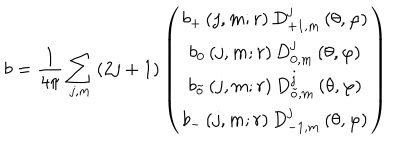
b = \frac { 1 } { 4 \pi } \sum _ { j , m } \left( 2 j + 1 \right) \left( \begin{array} { c } { { b _ { + } \left( j , m ; r \right) D _ { + 1 , m } ^ { j } \left( \theta , \varphi \right) } } \\ { { b _ { 0 } \left( j , m ; r \right) D _ { 0 , m } ^ { j } \left( \theta , \varphi \right) } } \\ { { b _ { \tilde { o } } \left( j , m ; r \right) D _ { \tilde { o } , m } ^ { j } \left( \theta , \varphi \right) } } \\ { { b _ { - } \left( j , m ; r \right) D _ { - 1 , m } ^ { j } \left( \theta , \varphi \right) } } \\ \end{array} \right)